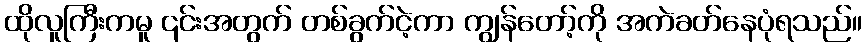
ထိုလူကြီးကမူ ၎င်းအတွက် တစ်ခွက်ငဲ့ကာ ကျွန်တော့်ကို အကဲခတ်နေပုံရသည်။